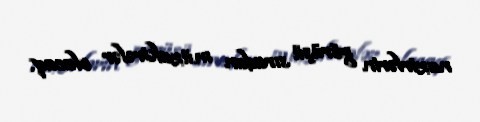
nazirlərin görüşü sıradan müzakirələr olacaq.